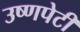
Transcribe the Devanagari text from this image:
उष्णपेटी